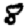
Digit: 8